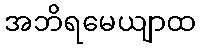
အဘိရမေယျာထ